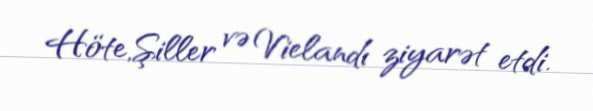
Höte,Şiller və Vielandı ziyarət etdi.